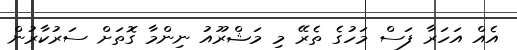
އެއް އަހަރާ ފަސް މަހުގެ ތެރޭ މި މަޝްރޫއު ނިންމާ ގޮތަށް ސަރުކާރުން